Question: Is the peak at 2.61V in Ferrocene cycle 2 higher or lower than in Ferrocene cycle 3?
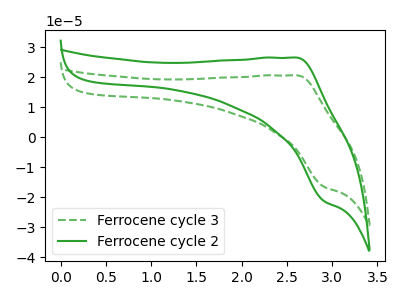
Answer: <think>The green dashed curve "Ferrocene cycle 3" has an anodic peak at (2.60V, 20.60uA) and a cathodic peak at (2.90V, -16.55uA). The green curve "Ferrocene cycle 2" has an anodic peak at (2.60V, 26.50uA) and a cathodic peak at (2.90V, -21.30uA).</think>
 <answer>The peak at 2.61V is higher in "Ferrocene cycle 2" than in "Ferrocene cycle 3".</answer>
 <eval>higher</eval>